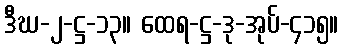
ဒီဃ-၂-ဋ္ဌ-၁၃။ ထေရ-ဋ္ဌ-ဒု-အုပ်-၄၁၅။